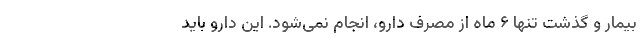
بیمار و گذشت تنها ۶ ماه از مصرف دارو، انجام نمی‌شود. این دارو باید